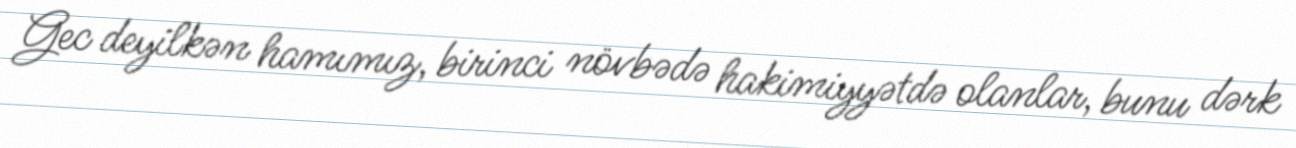
Gec deyilkən hamımız, birinci növbədə hakimiyyətdə olanlar, bunu dərk